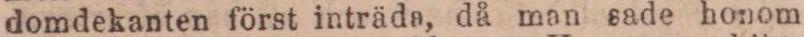
domdekanten först inträda, då man sade honom